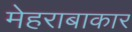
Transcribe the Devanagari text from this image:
मेहराबाकार